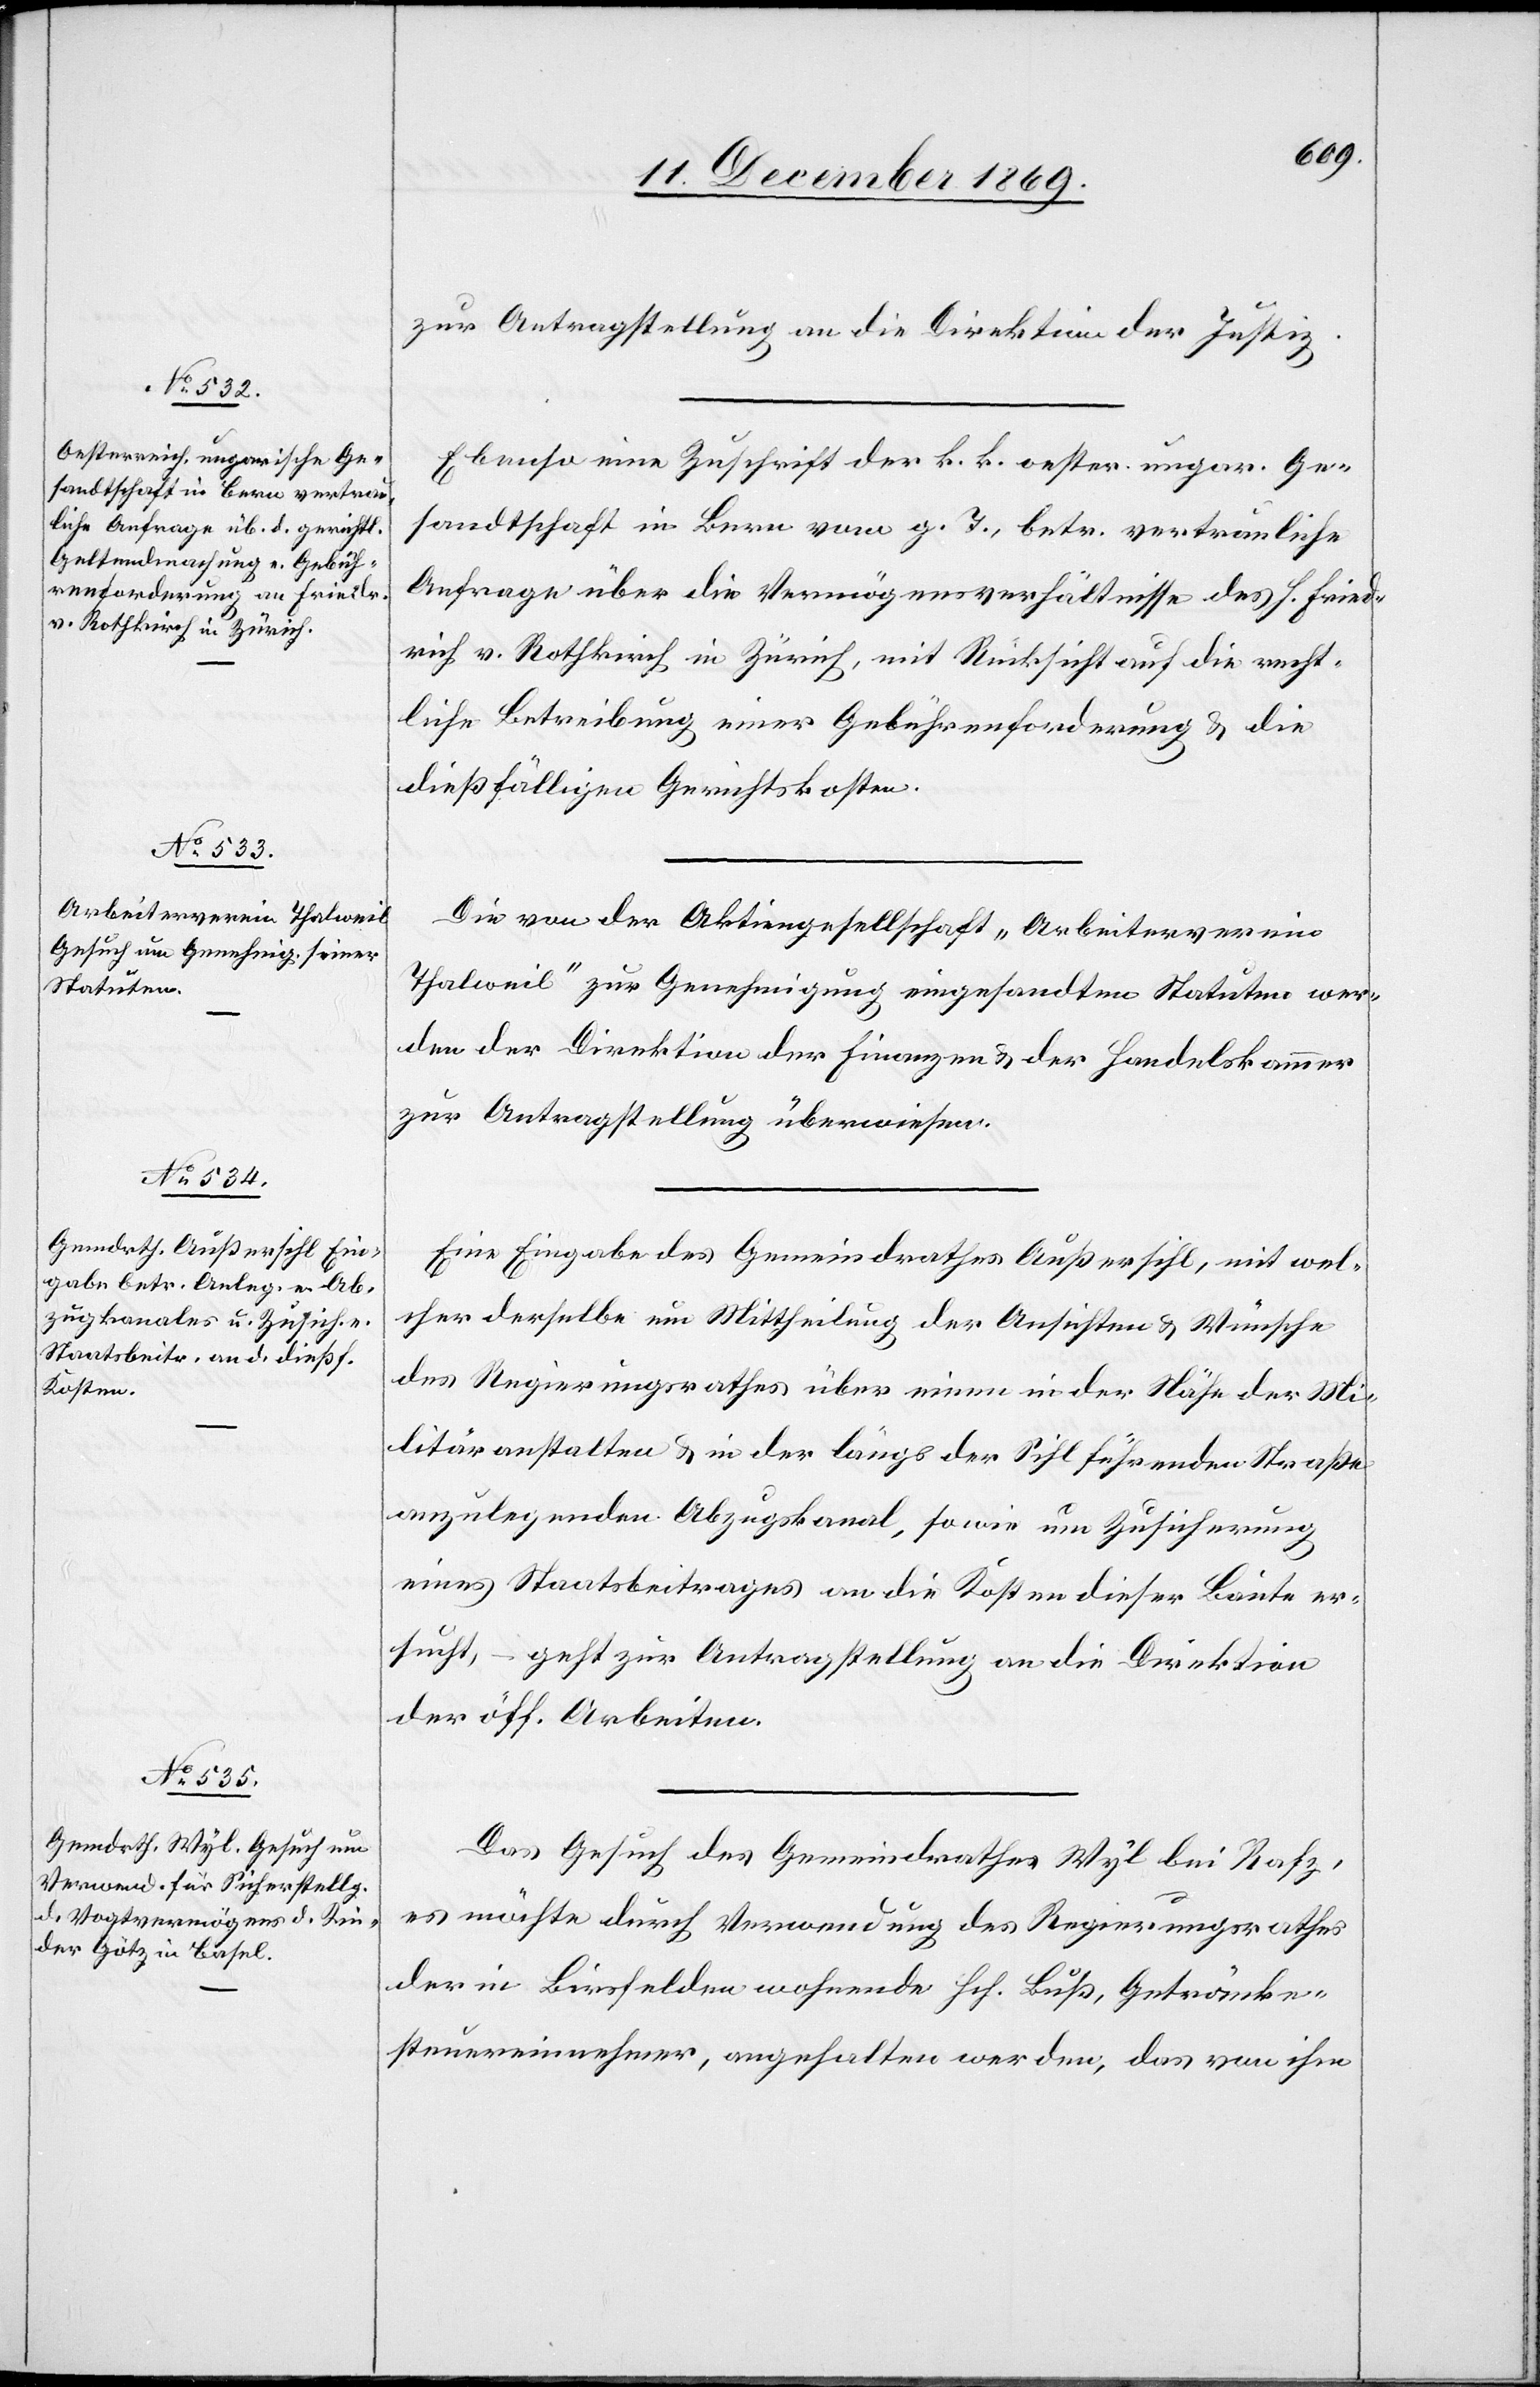
16. December 1869.]
zur Antragstellung an die Direktion der Justiz.
Ebenso eine Zuschrift der k. k. oester. ungar. Ge¬
sandtschaft in Bern vom g. T., betr. vertrauliche
Anfrage über die Vermögensverhältnisse des H. Fried¬
rich v. Rothkirch in Zürich, mit Rücksicht auf die recht¬
liche Betreibung einer Gebührenforderung & die
dießfälligen Gerichtskosten.
Die von der Aktiengesellschaft „Arbeiterverein
Thalweil“ zur Genehmigung eingesandten Statuten wer¬
den der Direktion der Finanzen & der Handelskammer
zur Antragstellung überwiesen.
Eine Eingabe des Gemeindrathes Außersihl, mit wel¬
cher derselbe um Mittheilung der Ansichten & Wünsche
des Regierungsrathes über einen in der Nähe der Mi¬
litäranstalten & in der längs der Sihl führenden Straße
anzulegenden Abzugskanal, sowie um Zusicherung
eines Staatsbeitrages an die Kosten dieser Baute er¬
sucht, – geht zur Antragstellung an die Direktion
der öff. Arbeiten.
Das Gesuch des Gemeindrathes Wyl bei Rafz,
es möchte durch Verwendung des Regierungsrathes
der in Birsfelden wohnende Hch. Buß, Getränke¬
steuereinnehmer, angehalten werden, das von ihm